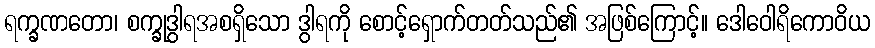
ရက္ခဏတော၊ စက္ခုဒွါရအစရှိသော ဒွါရကို စောင့်ရှောက်တတ်သည်၏ အဖြစ်ကြောင့်။ ဒေါဝေါရိကောဝိယ